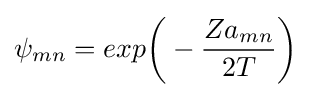
\psi _{mn}=exp{\biggl (}-{Za_{mn} \over 2T}{\biggr )}